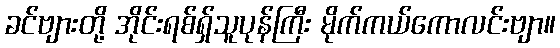
ခင်ဗျားတို့ အိုင်းရစ်ရှ်သူပုန်ကြီး မိုက်ကယ်ကောလင်းဗျာ။